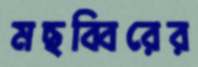
মছব্বিরের